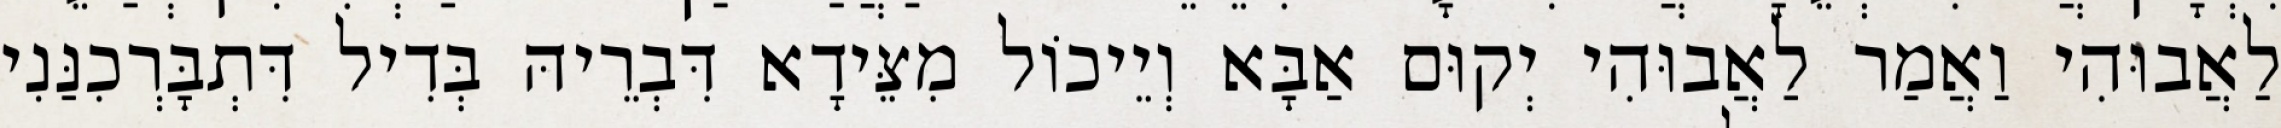
לַאֲבוּהִי וַאֲמַר לַאֲבוּהִי יְקוּם אַבָּא וְיֵיכוֹל מִצֵּידָא דִּבְרֵיהּ בְּדִיל דִּתְבָּרְכִנַּנִי